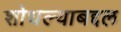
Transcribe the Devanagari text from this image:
शोधल्याबद्दल